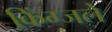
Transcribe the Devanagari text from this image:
किंग्जले